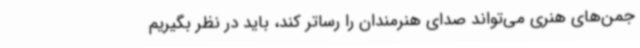
جمن‌های هنری می‌تواند صدای هنرمندان را رساتر کند، باید در نظر بگیریم